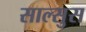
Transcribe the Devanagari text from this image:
साल्सुस